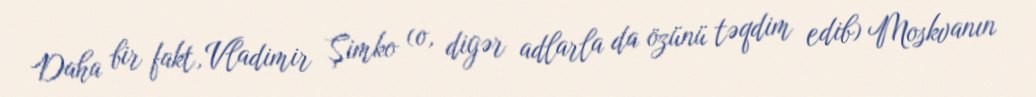
Daha bir fakt, Vladimir Şimko (o, digər adlarla da özünü təqdim edib) Moskvanın